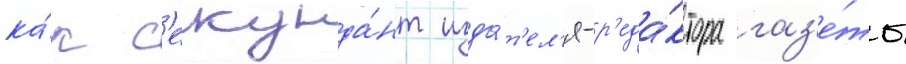
ка́к с'екунда́нт изда́т'ел'я-р'еда́ктора газ'е́ты